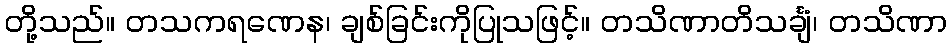
တို့သည်။ တသကရဏေန၊ ချစ်ခြင်းကိုပြုသဖြင့်။ တသိဏာတိသင်္ချံ၊ တသိဏာ